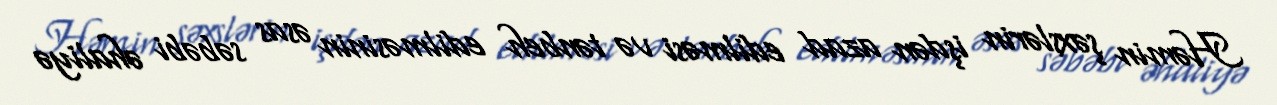
Həmin şəxslərin işdən azad edilməsi və tənbeh edilməsinin əsas səbəbi əhaliyə